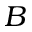
B